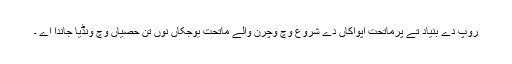
روپ دے بنیاد تے پرماتحت اپواکاں دے شروع وچ وچرن والے ماتحت یوجکاں نوں تن حصیاں وچ ونڈیا جاندا اے ۔